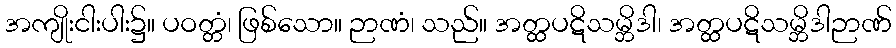
အကျိုးငါးပါး၌။ ပဝတ္တံ၊ ဖြစ်သော။ ဉာဏံ၊ သည်။ အတ္ထပဋိသမ္ဘိဒါ၊ အတ္ထပဋိသမ္ဘိဒါဉာဏ်